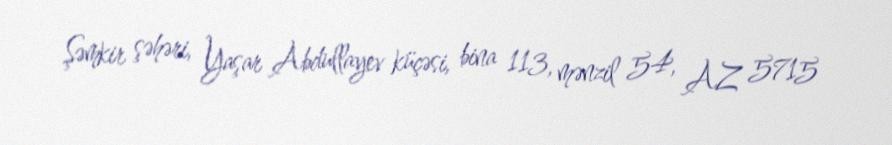
Şəmkir şəhəri, Yaşar Abdullayev küçəsi, bina 113, mənzil 54, AZ 5715